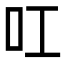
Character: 叿